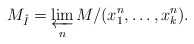
\begin{align*}M_{\hat I} = \varprojlim_n M/(x_1^n, \dots, x_k^n).\end{align*}